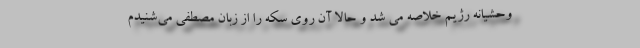
وحشیانه رژیم خلاصه می شد و حالا آن روی سکه را از زبان مصطفی می‌شنیدم